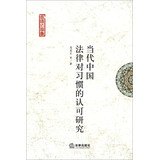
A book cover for Customary Law Essays : Contemporary Chinese legal recognition research habits(Chinese Edition); GAO QI CAI; Law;